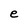
Character: e